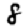
Digit: 8